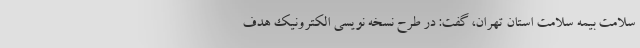
سلامت بیمه سلامت استان تهران، گفت: در طرح نسخه نویسی الکترونیک هدف